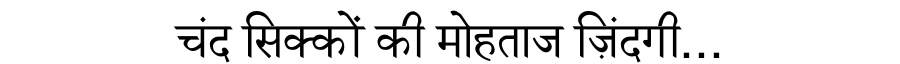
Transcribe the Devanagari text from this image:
चंद सिक्कों की मोहताज ज़िंदगी...